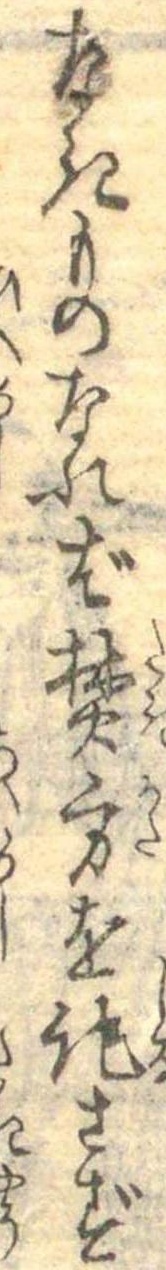
なきものなれば焚方を記さず